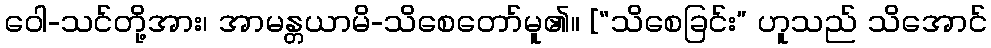
ဝေါ-သင်တို့အား၊ အာမန္တယာမိ-သိစေတော်မူ၏။ [“သိစေခြင်း” ဟူသည် သိအောင်